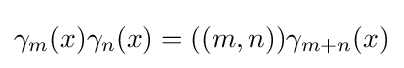
\gamma _{m}(x)\gamma _{n}(x)=((m,n))\gamma _{m+n}(x)